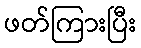
ဖတ်ကြားပြီး